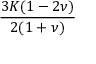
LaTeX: \frac { 3 K ( 1 - 2 \nu ) } { 2 ( 1 + \nu ) }